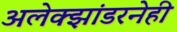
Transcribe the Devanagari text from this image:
अलेक्झांडरनेही